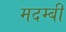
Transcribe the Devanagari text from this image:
मदम्बी